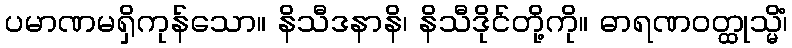
ပမာဏမရှိကုန်သော။ နိသီဒနာနိ၊ နိသီဒိုင်တို့ကို။ ဓာရဏဝတ္ထုသ္မိံ၊